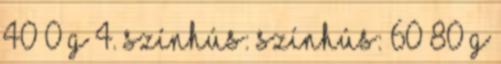
40 0 g 4. színhús: színhús: 60 80 g